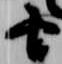
由